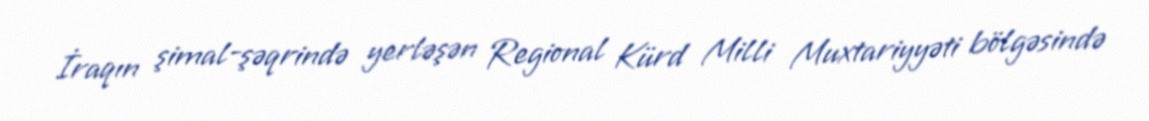
İraqın şimal-şəqrində yerləşən Regional Kürd Milli Muxtariyyəti bölgəsində